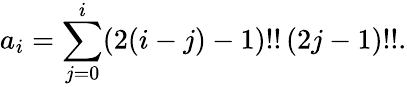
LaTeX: a_{i}=\sum_{j=0}^{i}(2(i-j)-1)!!\, (2j-1)!!.